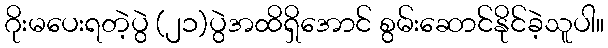
ဂိုးမပေးရတဲ့ပွဲ (၂၁)ပွဲအထိရှိအောင် စွမ်းဆောင်နိုင်ခဲ့သူပါ။